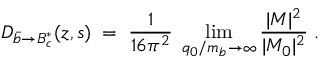
D _ { \bar { b } \to B _ { c } ^ { * } } ( z , s ) \; = \; { \frac { 1 } { 1 6 \pi ^ { 2 } } } \; \operatorname * { l i m } _ { q _ { 0 } / m _ { b } \rightarrow \infty } { \frac { | { \cal M } | ^ { 2 } } { | { \cal M } _ { 0 } | ^ { 2 } } } \; .